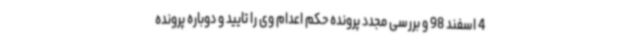
4 اسفند 98 و بررسی مجدد پرونده حکم اعدام وی را تایید و دوباره پرونده